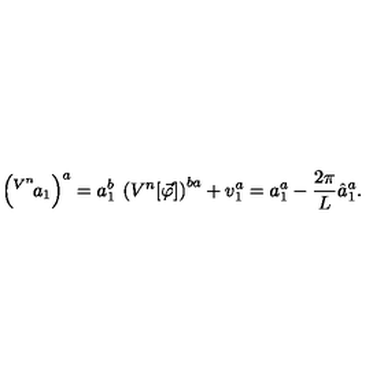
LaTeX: \left( ^ { V ^ { n } } { \! a } _ { 1 } \right) ^ { a } = a _ { 1 } ^ { b } \: \left( V ^ { n } [ \vec { \varphi } ] \right) ^ { b a } + v _ { 1 } ^ { a } = a _ { 1 } ^ { a } - \frac { 2 \pi } { L } \hat { a } _ { 1 } ^ { a } .